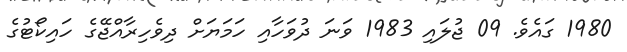
1980 ގައެވެ. 09 ޖުލައި 1983 ވަނަ ދުވަހާއި ހަމަޔަށް ދިވެހިރާއްޖޭގެ ހައިކޯޓުގެ